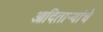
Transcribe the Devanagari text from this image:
आदितार्‍यांचे